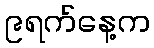
၉ရက်နေ့က